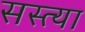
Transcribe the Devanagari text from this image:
सस्त्या